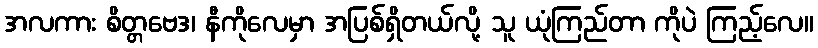
အလကား စိတ္တဗေဒ၊ နီကိုလေမှာ အပြစ်ရှိတယ်လို့ သူ ယုံကြည်တာ ကိုပဲ ကြည့်လေ။